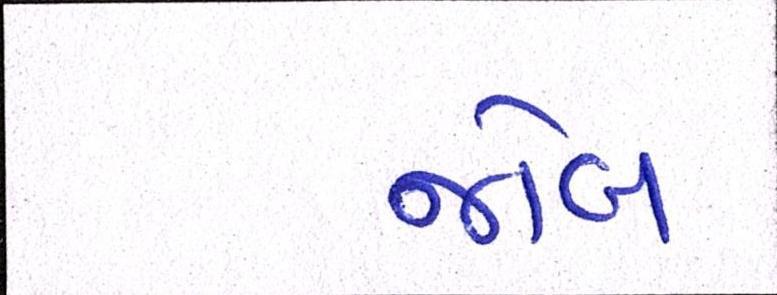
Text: જોબ